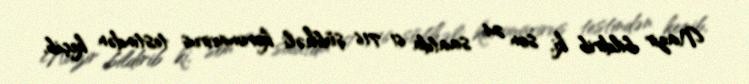
Nazir bildirib ki, son 24 saatda 61 716 şübhəli koronavirus testindən keçib,